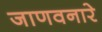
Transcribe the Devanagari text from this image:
जाणवनारे